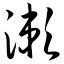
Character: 濑